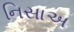
નિસાઅ